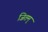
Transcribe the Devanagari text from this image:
जितम्